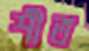
শীত